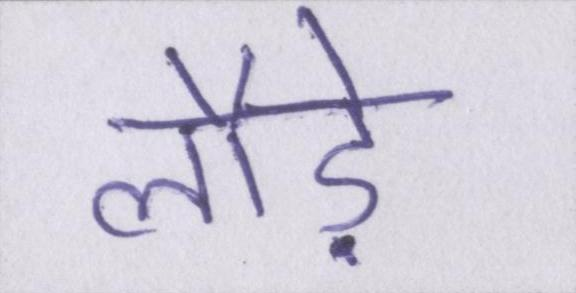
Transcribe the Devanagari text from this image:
लौड़े